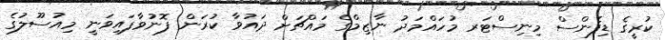
ކުރީގެ ޑިފެންސް މިނިސްޓަރ މުހައްމަދު ނާޒިމްގެ މައްޗަށް ދައުވާ ކުރަން ފޮނުވާފައިވަނީ މިއުސޫލުގެ